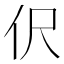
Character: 伬